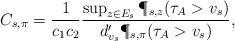
LaTeX: \begin{align*}C_{s,\pi} = \frac{1}{c_1c_2} \frac{\sup_{z \in E_s} \P_{s,z}(\tau_{A } > v_s)}{d'_{v_s} \P_{s,\pi}(\tau_{A} > v_s )},\end{align*}